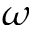
\omega